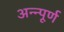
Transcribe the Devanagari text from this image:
अन्न्पूर्ण